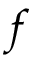
f